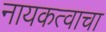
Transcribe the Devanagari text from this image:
नायकत्वाचा